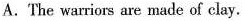
A . The wariors are made of clay .